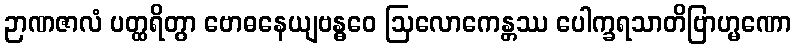
ဉာဏဇာလံ ပတ္ထရိတွာ ဗောဓနေယျဗန္ဓဝေ ဩလောကေန္တဿ ပေါက္ခရသာတိဗြာဟ္မဏော